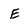
Character: E